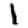
Digit: 1